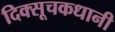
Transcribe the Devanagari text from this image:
दिक्सूचकधानी